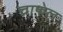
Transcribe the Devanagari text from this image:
चाफल